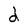
Character: d